system: You are a helpful assistant.
user:
Analyze the provided spectrum to determine if it is a **M-type Giant (gM)**.

A M-type Giant spectrum is defined by its **strong molecular absorption** features, particularly from **Titanium Oxide (TiO)**. You must check for one of the following mutually exclusive signatures:

- **Key Visual Indicators (Absorption-Dominated Spectrum):**

    - **(Primary):** The spectrum is dominated by strong molecular absorption from **Titanium Oxide (TiO)**. This is the **defining feature** of its M-type temperature class.
        - **(Key Bandheads):** Look for sharp, "saw-tooth" absorption valleys. The strongest are located near **~7050 Å**, **~6160 Å**, and **~5170 Å**.
        - **(Line Profile):** The "saw-tooth" morphology is critical: a **sharp, steep drop on the BLUE (short-wavelength) side** of the bandhead, followed by a gradual recovery (rising flux) towards the RED (long-wavelength) side.

    - **(Key Confirmation - Giant vs. Dwarf):** **ABSENCE** of strong **Calcium Hydride (CaH)** molecular bands. This is the primary diagnostic for *excluding* M-dwarfs.
        - **(Key Region):** The spectrum should lack the strong, broad absorption band seen in dwarfs between **~6800 Å and ~7000 Å**.

    - **(Secondary Confirmation - Giant):** A very strong and broad **Neutral Calcium (Ca I)** atomic absorption line.
        - **(Key Line):** Located at **~4226 Å**. In a giant (gM), this line is significantly deeper and broader than the same line in an M-dwarf (dM) due to low surface gravity.

    - **(Overall Spectrum):**
        - The continuum is **extremely red-sloping** (i.e., flux is very low in the blue and rises dramatically towards the red).
        - The entire spectrum appears "chopped up" by the deep TiO bands.

Think first, call **spectral_visualization_tool** if needed to examine features in detail, then provide your final answer. Your response must adhere to the following strict rules:
1.  **Overall Structure:** Your response must follow the format `<think>...</think> <tool_call>...</tool_call> (if a tool is used) <answer>...</answer>`.
2.  **Tool Usage Constraint:** You may only make **one** tool call per turn.
3.  **Final Answer Format:** In the `<answer>` tag, your conclusion must be inside a `\boxed{}` command (e.g., `\boxed{YES}` or `\boxed{NO}`), followed by your justification.

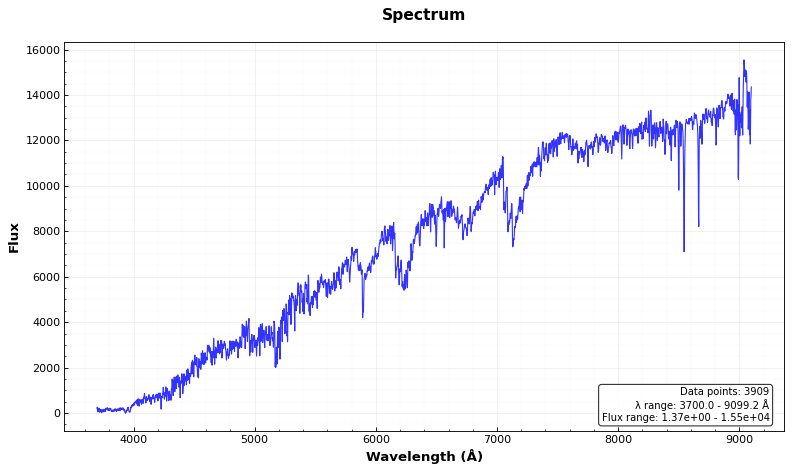
Answer: YES